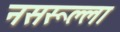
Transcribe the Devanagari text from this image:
नसरूल्ला